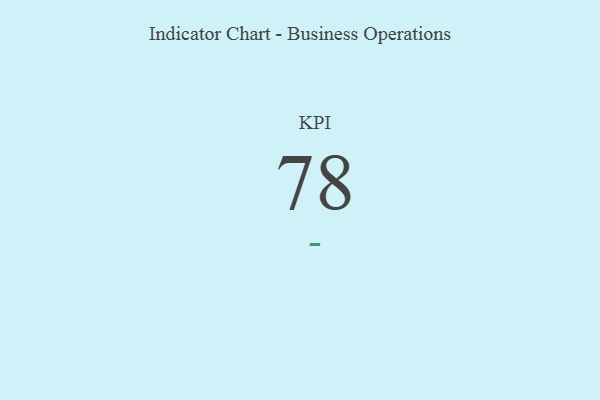
{"axis": {"x": "KPI", "y": "Value"}, "legend": [""], "data": [{"x": "KPI", "y": 78, "type": ""}]}